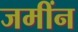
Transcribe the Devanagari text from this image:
जमींन